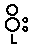
ဝိုး